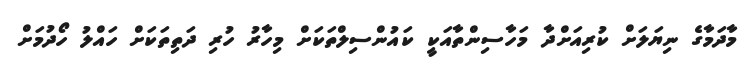
މާދަމާގެ ނިޔަލަށް ކުރިއަށްދާ މަހާސިންތާއަކީ ކައުންސިލްތަކަށް މިހާރު ހުރި ދަތިތަކަށް ހައްލު ހޯދުމަށް